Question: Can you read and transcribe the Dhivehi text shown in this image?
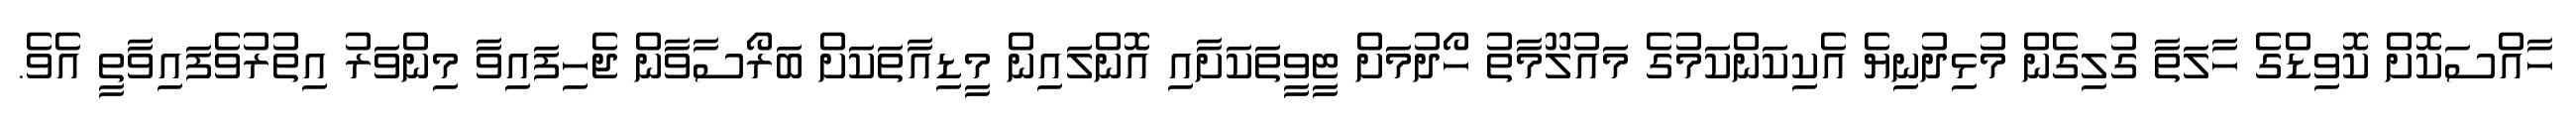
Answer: ހާއްސަކޮށް ކޮވިޑްގެ ހާލަތާ ގުލިގެން މުޅިދުނިޔެ އެކިކަންކަމުގެ މައުލޫމާތު ހޯދުމަށް ޓީވީތަކަށާއި އޮންލައިން މީޑިއާތަކަށް ބަރޯސާވާން ޖެހިފައިވާ މިންވަރު އިތުރުވެފައިވާތީ އެވެ.